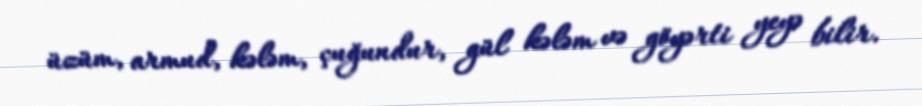
üzüm, armud, kələm, çuğundur, gül kələm və göyərti yeyə bilir.